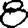
Digit: 8